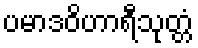
ပမာဒဝိဟာရီသုတ္တံ